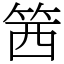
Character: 䇴